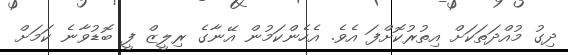
ދިގު މުއްދަތަކަށް އިތުރުކޮށްފަ އެވެ. އެހެންކަމުން އޭނާގެ ރިލީޒް ފީ ބޮޑުވާނެ ކަމަށް